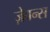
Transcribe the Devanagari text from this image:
ज़ेवन्स